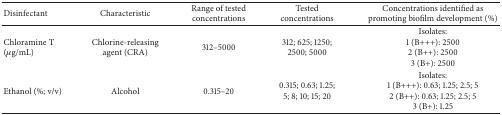
<table><thead><tr><td><b>Disinfectant</b></td><td><b>Characteristic</b></td><td><b>Range of tested concentrations </b></td><td><b>Tested concentrations </b></td><td><b>Concentrations identified as promoting biofilm development (%)</b></td></tr></thead><tbody><tr><td>Chloramine T (<i>μ</i>g/mL) </td><td>Chlorine-releasing agent (CRA)</td><td>312–5000</td><td>312; 625; 1250; 2500; 5000</td><td>Isolates: 1 (B+++): 25002 (B++): 25003 (B+): 2500</td></tr><tr><td>Ethanol (%; v/v)</td><td>Alcohol</td><td>0.315–20</td><td>0.315; 0.63; 1.25; 5; 8; 10; 15; 20</td><td>Isolates: 1 (B+++): 0.63; 1.25; 2.5; 52 (B++): 0.63; 1.25; 2.5; 53 (B+): 1.25</td></tr></tbody></table>